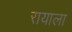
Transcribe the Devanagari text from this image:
रायाला